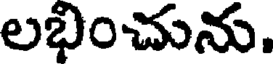
లభించును.